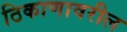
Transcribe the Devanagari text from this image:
ठिकाणावरील